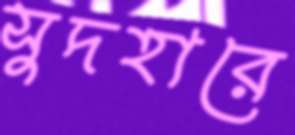
সুদহারে